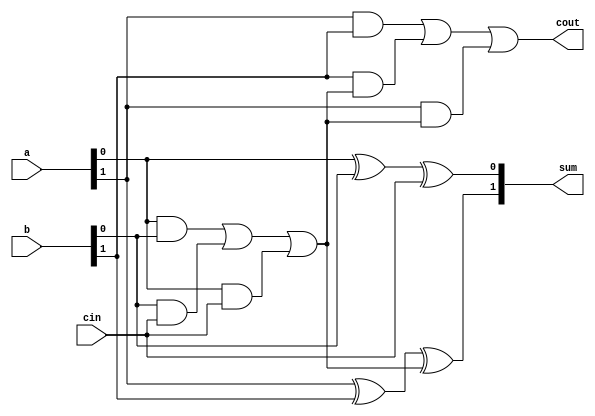
module bit2adder(a,b,sum,cout,cin);
    input  [1:0]a,b; 
    input  cin;
    output [1:0]sum;
    output cout;
    wire  w,w1,w2,w3,w4,w5,w6,w7,w8,w9;
// sum's first digit
    xor xor1(w,a[0],b[0]);
    xor xor2(sum[0],w,cin);

// carry of first 1 bit adder
    and and1(w1,a[0],b[0]);
    and and2(w2,b[0],cin);
    and and3(w3,a[0],cin);

    or or1(w4,w1,w2);
    or or2(w5,w4,w3);

// sum of 2nd digit
    xor xor3(w6,a[1],b[1]);
    xor xor4(sum[1],w6,w5);
// cout 
    and and4(w7,a[1],b[1]);
    and and5(w8,b[1],w5);
    and and6(w9,a[1],w5);

    or or3(w10,w7,w8);
    or or4(cout,w10,w9);


endmodule